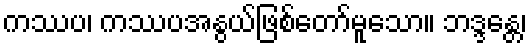
ကဿပ၊ ကဿပအနွယ်ဖြစ်တော်မူသော။ ဘဒ္ဒန္တေ၊